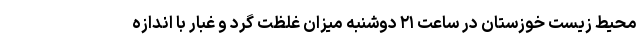
محیط زیست خوزستان در ساعت ۲۱ دوشنبه میزان غلظت گرد و غبار با اندازه